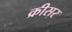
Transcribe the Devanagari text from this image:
क्रीसर